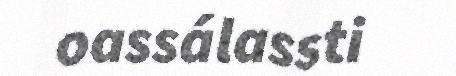
oassálassti